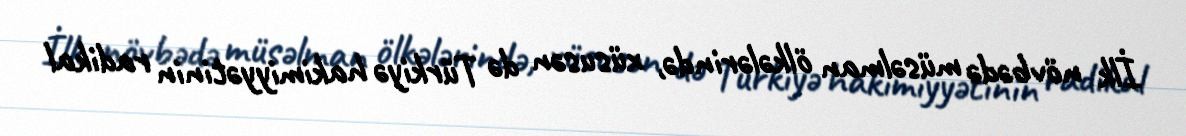
İlk növbədə müsəlman ölkələrində, xüsusən də Türkiyə hakimiyyətinin radikal